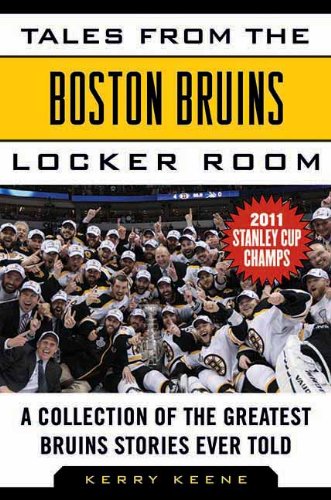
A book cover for Tales from the Boston Bruins Locker Room: A Collection of the Greatest Bruins Stories Ever Told; Kerry Keene; Sports & Outdoors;